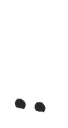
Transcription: ..